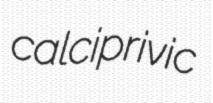
calciprivic